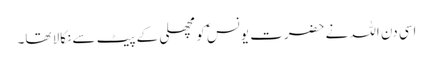
اسی دن اللہ نے حضرت یونسؑ کو مچھلی کے پیٹ سے نکالا تھا۔